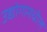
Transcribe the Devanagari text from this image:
उद्योगामधील